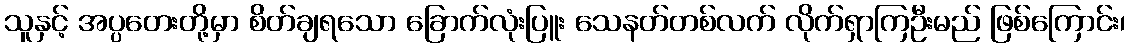
သူနှင့် အပ္ပတေးတို့မှာ စိတ်ချရသော ခြောက်လုံးပြူး သေနတ်တစ်လက် လိုက်ရှာကြဦးမည် ဖြစ်ကြောင်း၊